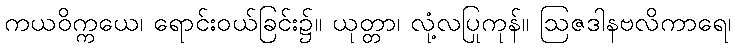
ကယဝိက္ကယေ၊ ရောင်းဝယ်ခြင်း၌။ ယုတ္တာ၊ လုံ့လပြုကုန်။ ဩဇဒါနဗလိကာရေ၊